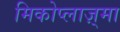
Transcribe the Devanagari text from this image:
मिकोप्लाज़्मा